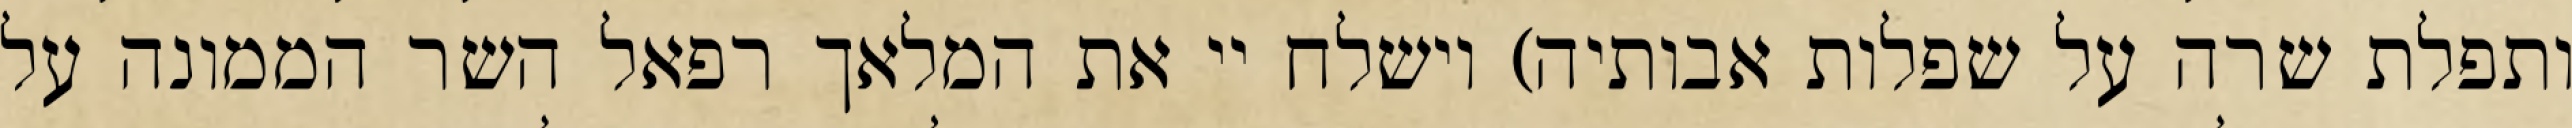
ותפלת שרה על שפלות אבותיה) וישלח יי את המלאך רפאל השר הממונה על